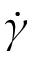
\dot { \gamma }